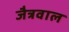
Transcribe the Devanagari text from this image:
जैत्रवाल